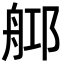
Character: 𦨰